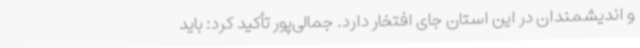
و اندیشمندان در این استان جای افتخار دارد. جمالی‌پور تأکید کرد: باید